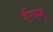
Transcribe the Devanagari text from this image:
दीपम्‌